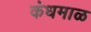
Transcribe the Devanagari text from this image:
कंधमाळ